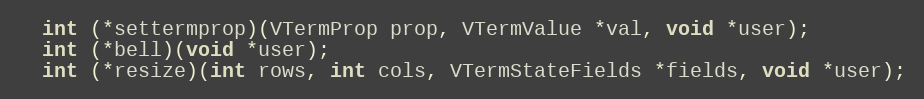
Language: C
  int (*settermprop)(VTermProp prop, VTermValue *val, void *user);
  int (*bell)(void *user);
  int (*resize)(int rows, int cols, VTermStateFields *fields, void *user);